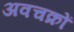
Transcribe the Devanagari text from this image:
अवचक्रों